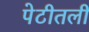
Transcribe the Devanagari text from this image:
पेटीतली